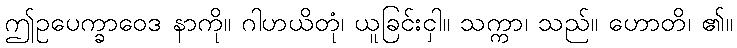
ဤဥပေက္ခာဝေဒ နာကို။ ဂါဟယိတုံ၊ ယူခြင်းငှါ။ သက္ကာ၊ သည်။ ဟောတိ၊ ၏။